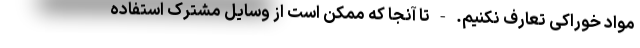
مواد خوراکی تعارف نکنیم. - تا آنجا که ممکن است از وسایل مشترک استفاده